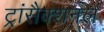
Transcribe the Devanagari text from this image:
ट्रांसैक्शनल